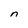
Character: n